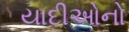
યાદીઓનો